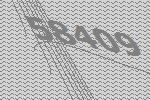
58409